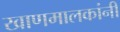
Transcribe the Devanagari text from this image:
खाणमालकांनी